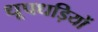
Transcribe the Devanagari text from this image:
धूपधड़ियों